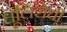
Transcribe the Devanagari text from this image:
धूलिरोधी